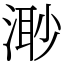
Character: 𣺌